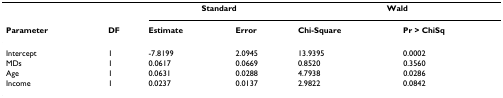
<table><thead><tr><td></td><td></td><td colspan="2"><b>Standard</b></td><td colspan="2"><b>Wald</b></td></tr><tr><td><b>Parameter</b></td><td><b>DF</b></td><td><b>Estimate</b></td><td><b>Error</b></td><td><b>Chi-Square</b></td><td><b>Pr &gt; ChiSq</b></td></tr></thead><tbody><tr><td>Intercept</td><td>1</td><td>-7.8199</td><td>2.0945</td><td>13.9395</td><td>0.0002</td></tr><tr><td>MDs</td><td>1</td><td>0.0617</td><td>0.0669</td><td>0.8520</td><td>0.3560</td></tr><tr><td>Age</td><td>1</td><td>0.0631</td><td>0.0288</td><td>4.7938</td><td>0.0286</td></tr><tr><td>Income</td><td>1</td><td>0.0237</td><td>0.0137</td><td>2.9822</td><td>0.0842</td></tr></tbody></table>